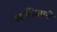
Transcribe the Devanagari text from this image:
खालिस्तानी